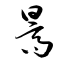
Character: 暠